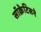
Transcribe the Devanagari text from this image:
सॉक्रेटिसने